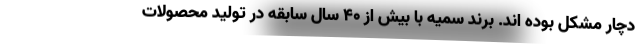
دچار مشکل بوده اند. برند سمیه با بیش از 40 سال سابقه در تولید محصولات